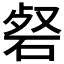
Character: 𮀜